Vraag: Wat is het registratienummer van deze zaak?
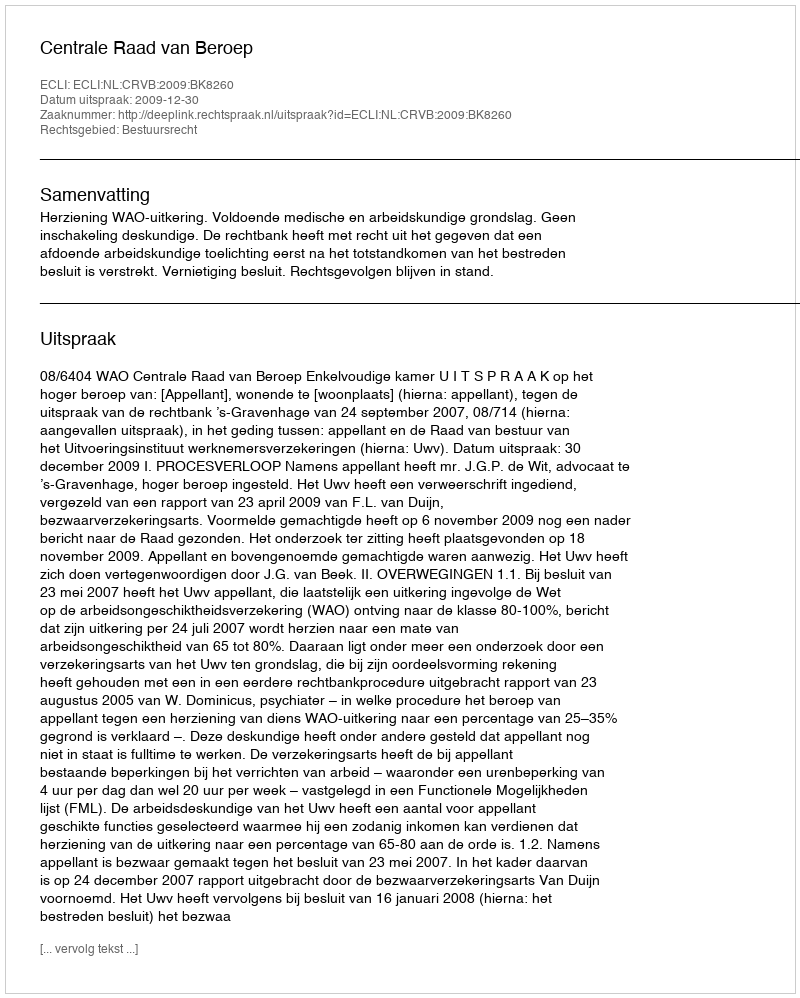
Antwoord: http://deeplink.rechtspraak.nl/uitspraak?id=ECLI:NL:CRVB:2009:BK8260